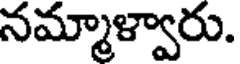
నమ్మాళ్వారు.